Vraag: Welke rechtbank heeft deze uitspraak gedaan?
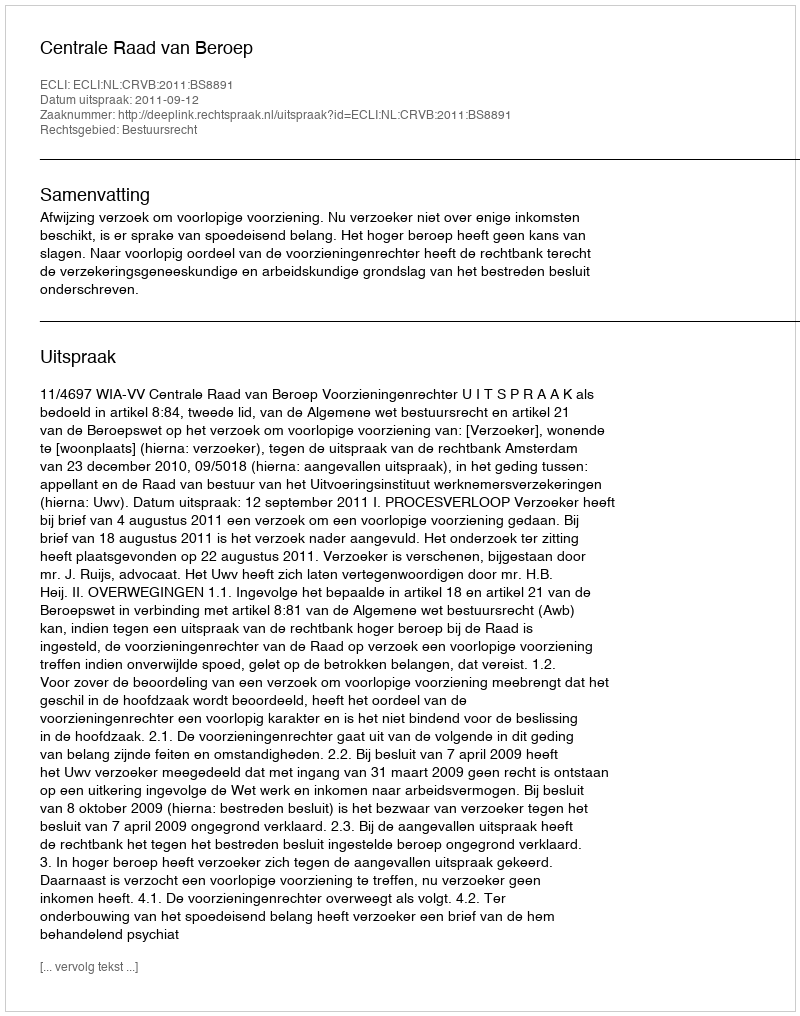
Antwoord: Centrale Raad van Beroep